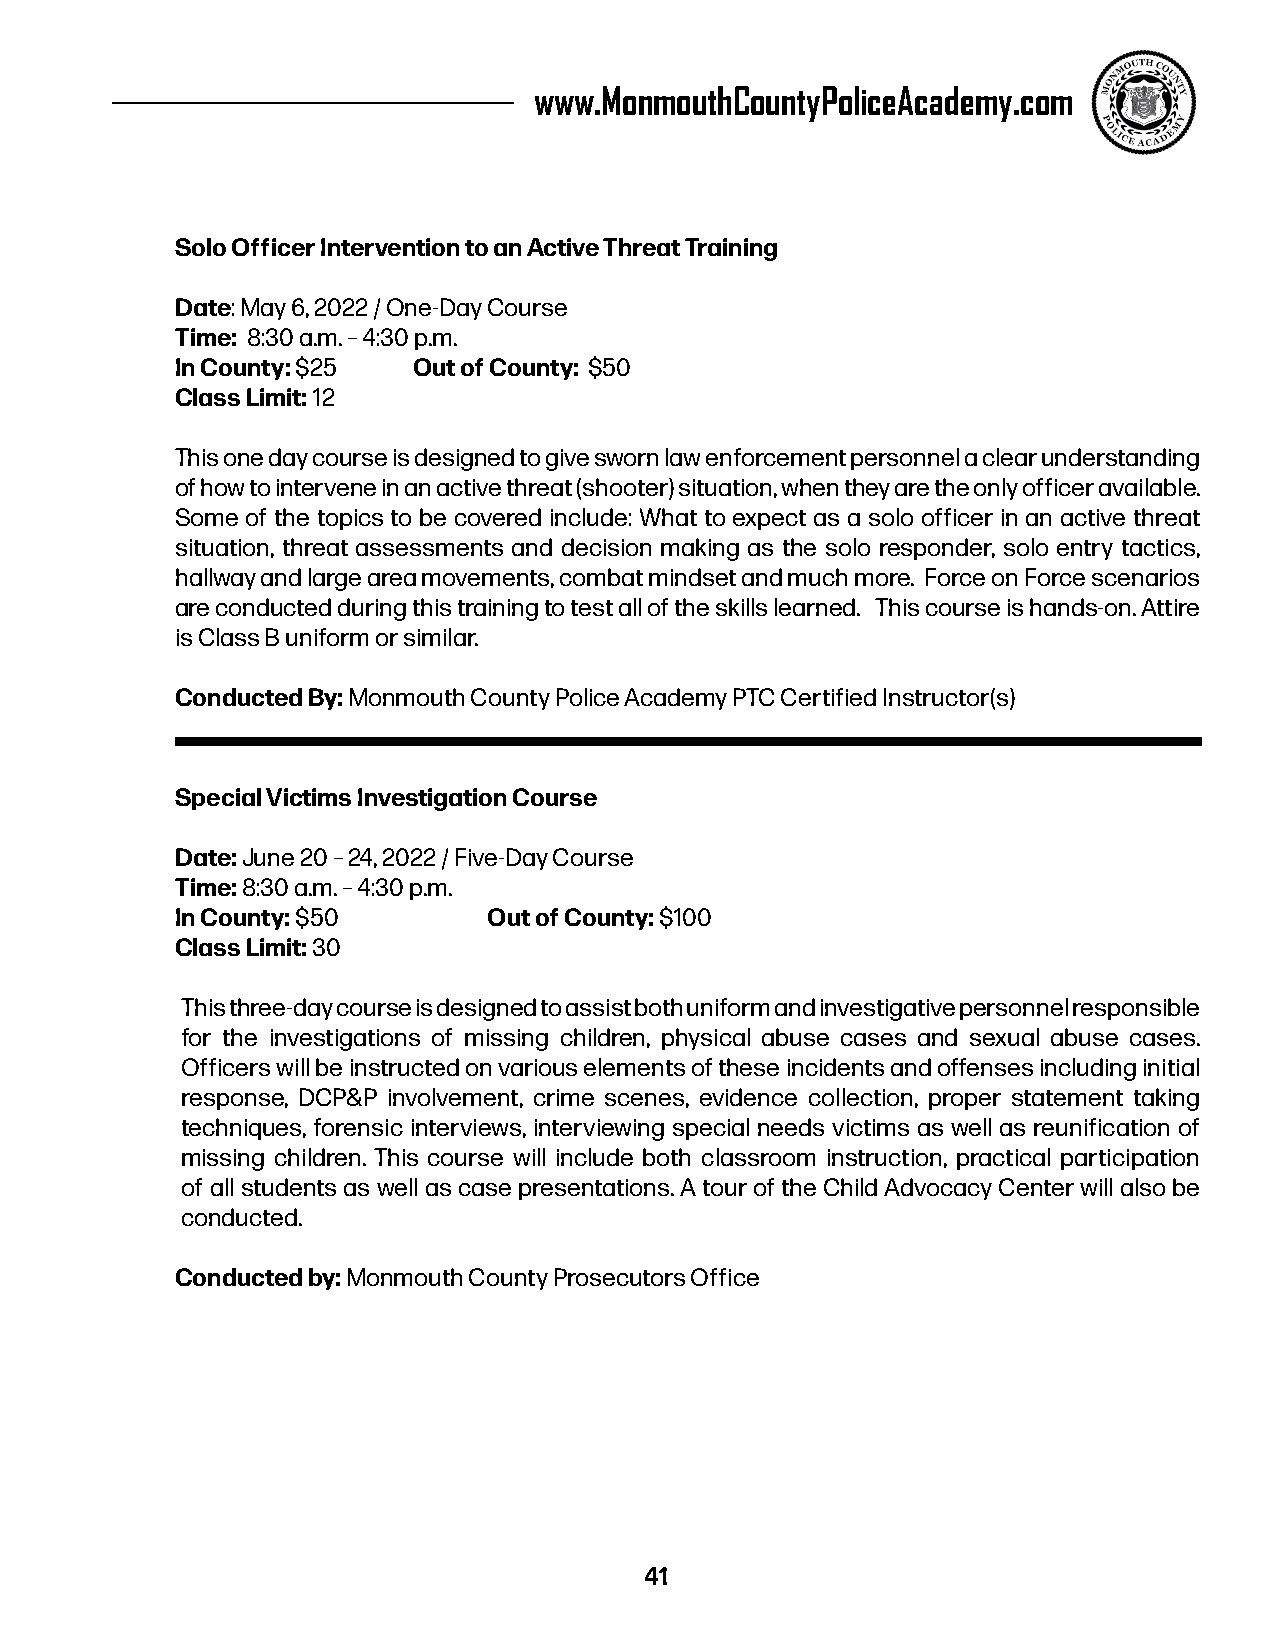
www.MonmouthCountyPoliceAcademy.com
 Solo Officer Intervention to an Active Threat Training
 Date: May 6, 2022 / One-Day Course
 Time: 8:30 a.m. – 4:30 p.m.
 In County: $25 Out of County: $50
 Class Limit: 12
 This one day course is designed to give sworn law enforcement personnel a clear understanding
 of how to intervene in an active threat (shooter) situation, when they are the only officer available.
 Some of the topics to be covered include: What to expect as a solo officer in an active threat
 situation, threat assessments and decision making as the solo responder, solo entry tactics,
 hallway and large area movements, combat mindset and much more. Force on Force scenarios
 are conducted during this training to test all of the skills learned. This course is hands-on. Attire
 is Class B uniform or similar.
 Conducted By: Monmouth County Police Academy PTC Certified Instructor(s)
 Special Victims Investigation Course
 Date: June 20 – 24, 2022 / Five-Day Course
 Time: 8:30 a.m. – 4:30 p.m.
 In County: $50      Out of County: $100
 Class Limit: 30
 This three-day course is designed to assist both uniform and investigative personnel responsible
 for the investigations of missing children, physical abuse cases and sexual abuse cases.
 Officers will be instructed on various elements of these incidents and offenses including initial
 response, DCP&P involvement, crime scenes, evidence collection, proper statement taking
 techniques, forensic interviews, interviewing special needs victims as well as reunification of
 missing children. This course will include both classroom instruction, practical participation
 of all students as well as case presentations. A tour of the Child Advocacy Center will also be
 conducted.
 Conducted by: Monmouth County Prosecutors Office
 41